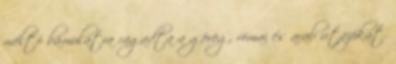
méltó bámulatra ragadta a görög, római és arab utazókat.